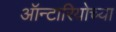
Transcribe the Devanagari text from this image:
ऑन्टारियोच्या